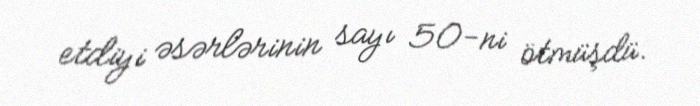
etdiyi əsərlərinin sayı 50-ni ötmüşdü.